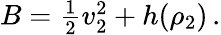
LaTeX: \begin{array}{r}{B=\frac 12v_{2}^{2}+h(\rho_{2})\, .}\end{array}